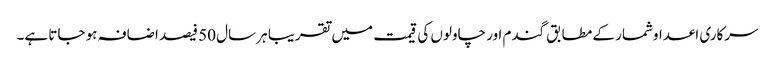
سرکاری اعداوشمار کے مطابق گندم اور چاولوں کی قیمت میں تقریبا ہر سال 50 فیصد اضافہ ہو جاتا ہے۔